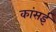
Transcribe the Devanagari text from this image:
कांसई